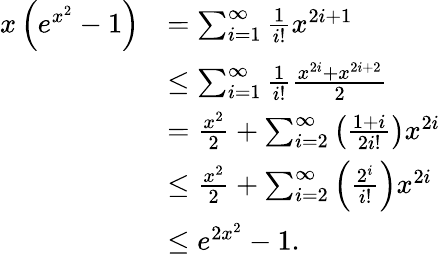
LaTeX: \begin{array}{rl}{x\left(e^{x^{2}}-1\right)}&{=\sum_{i=1}^{\infty}\frac{1}{i!}x^{2i+1}}\\ &{\le\sum_{i=1}^{\infty}\frac{1}{i!}\frac{x^{2i}+x^{2i+2}}{2}}\\ &{=\frac{x^{2}}{2}+\sum_{i=2}^{\infty}\left(\frac{1+i}{2i!}\right)x^{2i}}\\ &{\le\frac{x^{2}}{2}+\sum_{i=2}^{\infty}\left(\frac{2^{i}}{i!}\right)x^{2i}}\\ &{\le e^{2x^{2}}-1.}\end{array}